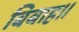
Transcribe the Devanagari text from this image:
बिबाह।।